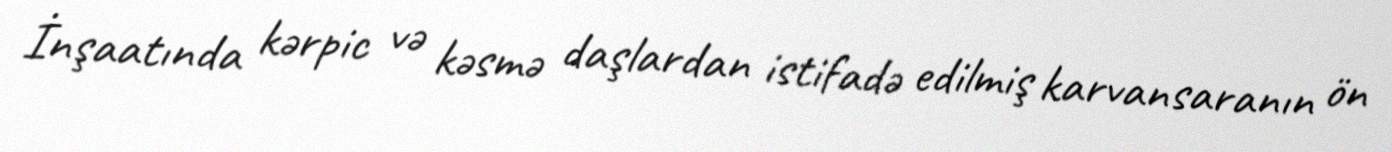
İnşaatında kərpic və kəsmə daşlardan istifadə edilmiş karvansaranın ön